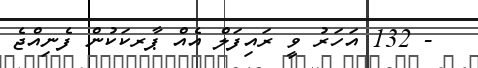
- 132 އަހަރު ވީ ރައިފަލް އެއް ޕާރކަކުން ފެނިއްޖެ